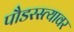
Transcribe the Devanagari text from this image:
पौडरस्त्यावर